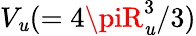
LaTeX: V_{\mathit{u}}(=4\piR_{\mathit{u}}^{3}/3)